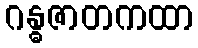
ဂန္ဓဇာတကထာ